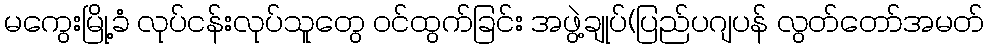
မကွေးမြို့ခံ လုပ်ငန်းလုပ်သူတွေ ဝင်ထွက်ခြင်း အဖွဲ့ချုပ်(ပြည်ပဂျပန် လွတ်တော်အမတ်